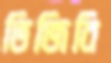
ভিজিবি